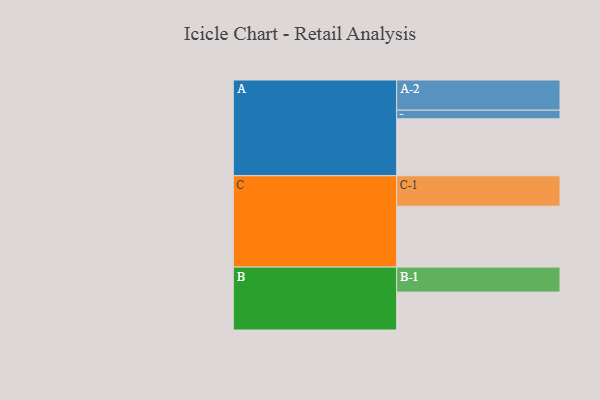
{"axis": {"x": "Segment", "y": "Value"}, "legend": ["", "A", "B", "C"], "data": [{"x": "A", "y": 463, "type": ""}, {"x": "B", "y": 308, "type": ""}, {"x": "C", "y": 495, "type": ""}, {"x": "A-1", "y": 70, "type": "A"}, {"x": "A-2", "y": 245, "type": "A"}, {"x": "B-1", "y": 203, "type": "B"}, {"x": "C-1", "y": 247, "type": "C"}]}